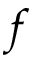
f